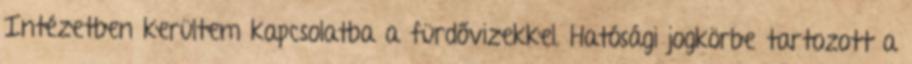
Intézetben kerültem kapcsolatba a fürdővizekkel. Hatósági jogkörbe tartozott a